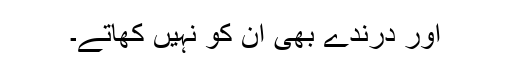
اور درندے بھی ان کو نہیں کھاتے۔